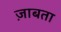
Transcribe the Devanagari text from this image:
ज़ाबता